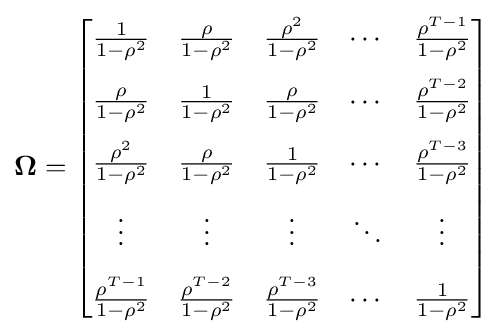
\mathbf {\Omega } ={\begin{bmatrix}{\frac {1}{1-\rho ^{2}}}&{\frac {\rho }{1-\rho ^{2}}}&{\frac {\rho ^{2}}{1-\rho ^{2}}}&\cdots &{\frac {\rho ^{T-1}}{1-\rho ^{2}}}\\[8pt]{\frac {\rho }{1-\rho ^{2}}}&{\frac {1}{1-\rho ^{2}}}&{\frac {\rho }{1-\rho ^{2}}}&\cdots &{\frac {\rho ^{T-2}}{1-\rho ^{2}}}\\[8pt]{\frac {\rho ^{2}}{1-\rho ^{2}}}&{\frac {\rho }{1-\rho ^{2}}}&{\frac {1}{1-\rho ^{2}}}&\cdots &{\frac {\rho ^{T-3}}{1-\rho ^{2}}}\\[8pt]\vdots &\vdots &\vdots &\ddots &\vdots \\[8pt]{\frac {\rho ^{T-1}}{1-\rho ^{2}}}&{\frac {\rho ^{T-2}}{1-\rho ^{2}}}&{\frac {\rho ^{T-3}}{1-\rho ^{2}}}&\cdots &{\frac {1}{1-\rho ^{2}}}\end{bmatrix}}